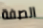
الصفة